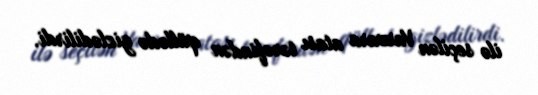
ilə seçilən Varvara atası tərəfindən qüllədə gizlədilirdi.